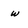
Character: w